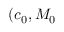
( c _ { 0 } , M _ { 0 }